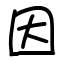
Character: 因